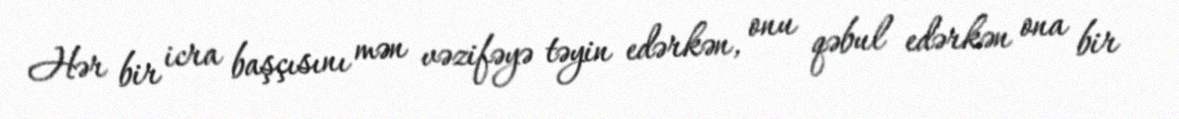
Hər bir icra başçısını mən vəzifəyə təyin edərkən, onu qəbul edərkən ona bir